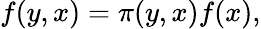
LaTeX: f(y,x)=\pi(y,x)f(x),